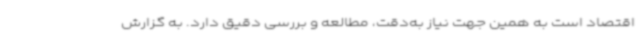
اقتصاد است به همین جهت نیاز به‌دقت، مطالعه و بررسی دقیق دارد. به گزارش